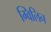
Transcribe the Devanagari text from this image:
ग्विलिन